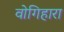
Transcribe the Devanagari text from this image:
वोगिहारा